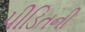
પીડિતની